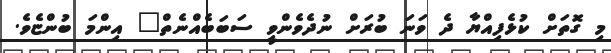
މި ގޮތަށް ކުޅެފިއްޔާ ދެ ވަނަ ބުރަށް ނުދެވެންވީ ސަބަބެއްނެތް" އިންމަ ބުންޏެވެ.